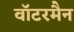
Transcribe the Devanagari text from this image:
वॉटरमैन